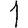
Digit: 1